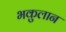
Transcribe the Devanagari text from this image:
भकुलान